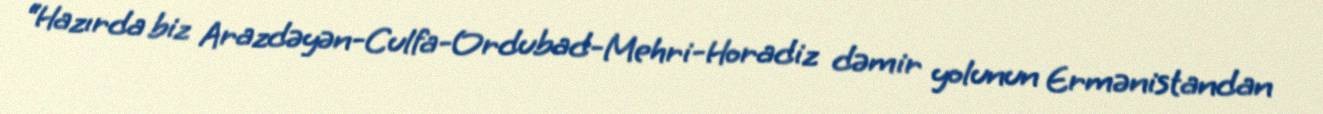
“Hazırda biz Arazdəyən-Culfa-Ordubad-Mehri-Horadiz dəmir yolunun Ermənistandan